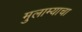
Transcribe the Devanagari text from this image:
मुलाम्याचा